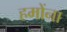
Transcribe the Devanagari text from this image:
हमोंना